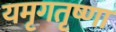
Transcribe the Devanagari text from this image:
यमृगतृष्णा